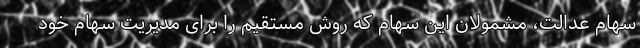
سهام عدالت، مشمولان این سهام که روش مستقیم را برای مدیریت سهام خود